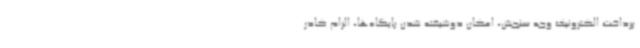
پرداخت الکترونیک وجه سنجش، امکان دوشیفته شدن پایگاه‌ها، الزام کادر